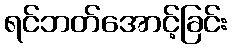
ရင်ဘတ်အောင့်ခြင်း